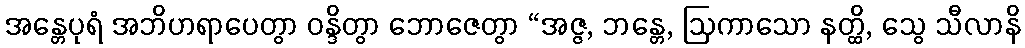
အန္တေပုရံ အဘိဟရာပေတွာ ဝန္ဒိတွာ ဘောဇေတွာ “အဇ္ဇ, ဘန္တေ, ဩကာသော နတ္ထိ, သွေ သီလာနိ